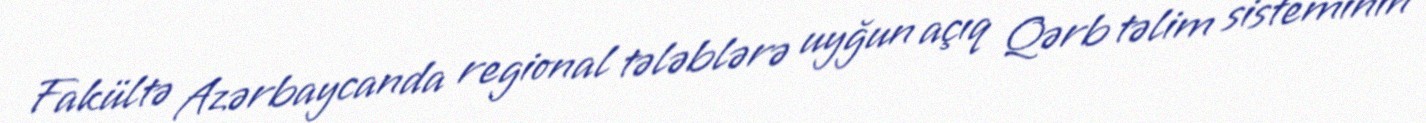
Fakültə Azərbaycanda regional tələblərə uyğun açıq Qərb təlim sisteminin